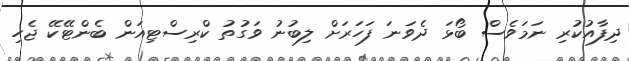
ދިފާއުކުރި ނަމަވެސް ބޯޅަ ދެވަނަ ފަހަރަށް ލިބުނު ވަގުތު ކްރިސްޓިއަން ބެންޓޭކޭ ޖެހި